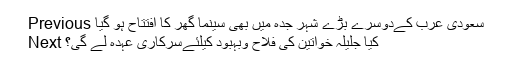
Previous سعودی عرب کےدوسرے بڑے شہر جدہ میں بھی سینما گھر کا افتتاح ہو گیا
Next کیا جلیلہ خواتین کی فلاح وبہبود کیلئےسرکاری عہدہ لے گی؟